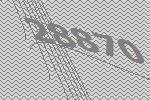
28870